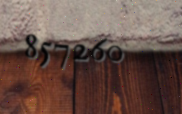
857260